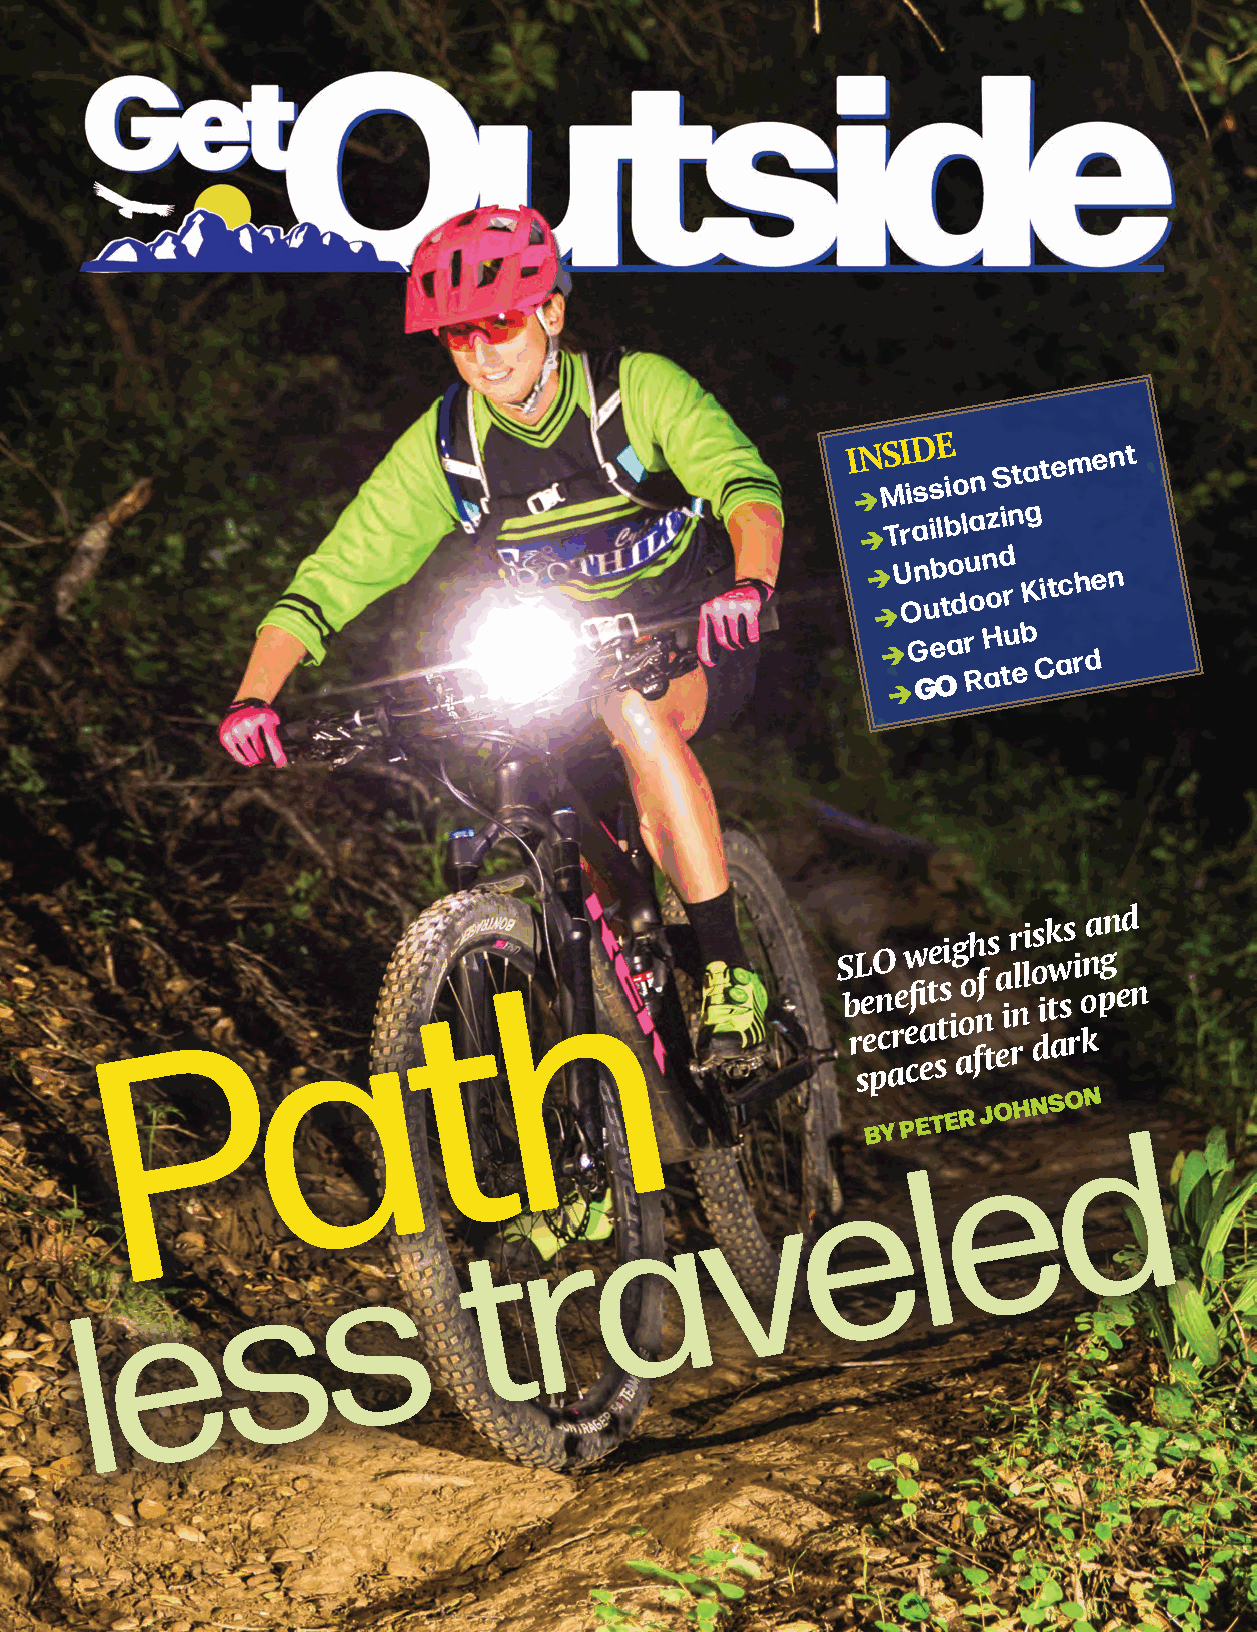
2 OUTDOORS SPRING 2022
 IN MSI iD ssE
 ion
 Statement                                       Protection
 
 Trailblazing
  U On ub to du on od
 r
 Kitchen
 question
  G Ge Oa r
 R
 H atu eb Card
 P
 a
 t     h                   S
 b
 rL
 se
 e
 pO
 n
 c
 are
 w
 e
 cfi
 eate stsi ig aooh fnf ts ea ir rnlli o ds ik tw ass
 r
 i
 o
 kna pgn
 e
 d
 n
 BY
 PETER
 e
 JOHNSO dN
 e       l
 v
 a
 r
 t
 s
 s
 e
 l